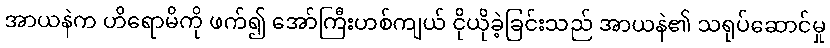
အာယနဲက ဟိရောမိကို ဖက်၍ အော်ကြီးဟစ်ကျယ် ငိုယိုခဲ့ခြင်းသည် အာယနဲ၏ သရုပ်ဆောင်မှု